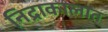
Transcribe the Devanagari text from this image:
निद्राकालात